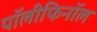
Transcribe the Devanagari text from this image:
पॉलीफिनॉल